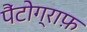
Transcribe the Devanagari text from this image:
पैंटोग्राफ़